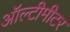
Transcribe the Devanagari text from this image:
ऑल्टीमीटर